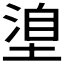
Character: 𭏈